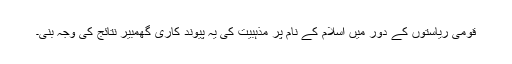
قومی ریاستوں کے دور میں اسلام کے نام پر مذہبیت کی یہ پیوند کاری گھمبیر نتائج کی وجہ بنی۔